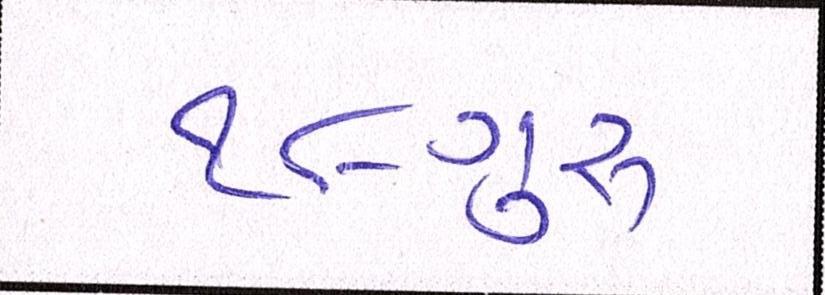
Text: ૧૮-ગુરૂ